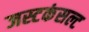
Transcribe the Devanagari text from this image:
जस्टकंसल्ट